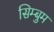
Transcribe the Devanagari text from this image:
सिम्बुम